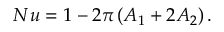
N u = 1 - 2 \pi \left( A _ { 1 } + 2 A _ { 2 } \right) .